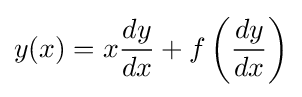
y(x)=x{\frac {dy}{dx}}+f\left({\frac {dy}{dx}}\right)